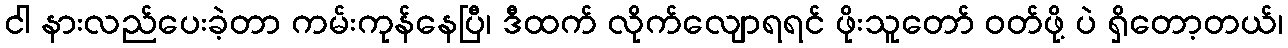
ငါ နားလည်ပေးခဲ့တာ ကမ်းကုန်နေပြီ၊ ဒီထက် လိုက်လျောရရင် ဖိုးသူတော် ဝတ်ဖို့ ပဲ ရှိတော့တယ်၊